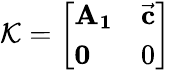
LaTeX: \mathcal{K}=\left[\begin{array}{ll}{\mathbf{A_{1}}}&{\vec{\mathbf c}}\\ {\mathbf 0}&{0}\end{array}\right]